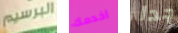
البرسيم اخدمك جدا